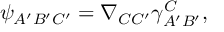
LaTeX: \psi _ { A ^ { \prime } B ^ { \prime } C ^ { \prime } } = \nabla _ { C C ^ { \prime } } \gamma _ { A ^ { \prime } B ^ { \prime } } ^ { C } ,